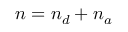
n = n _ { d } + n _ { a }